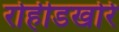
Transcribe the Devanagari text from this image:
रोहीडखोरे